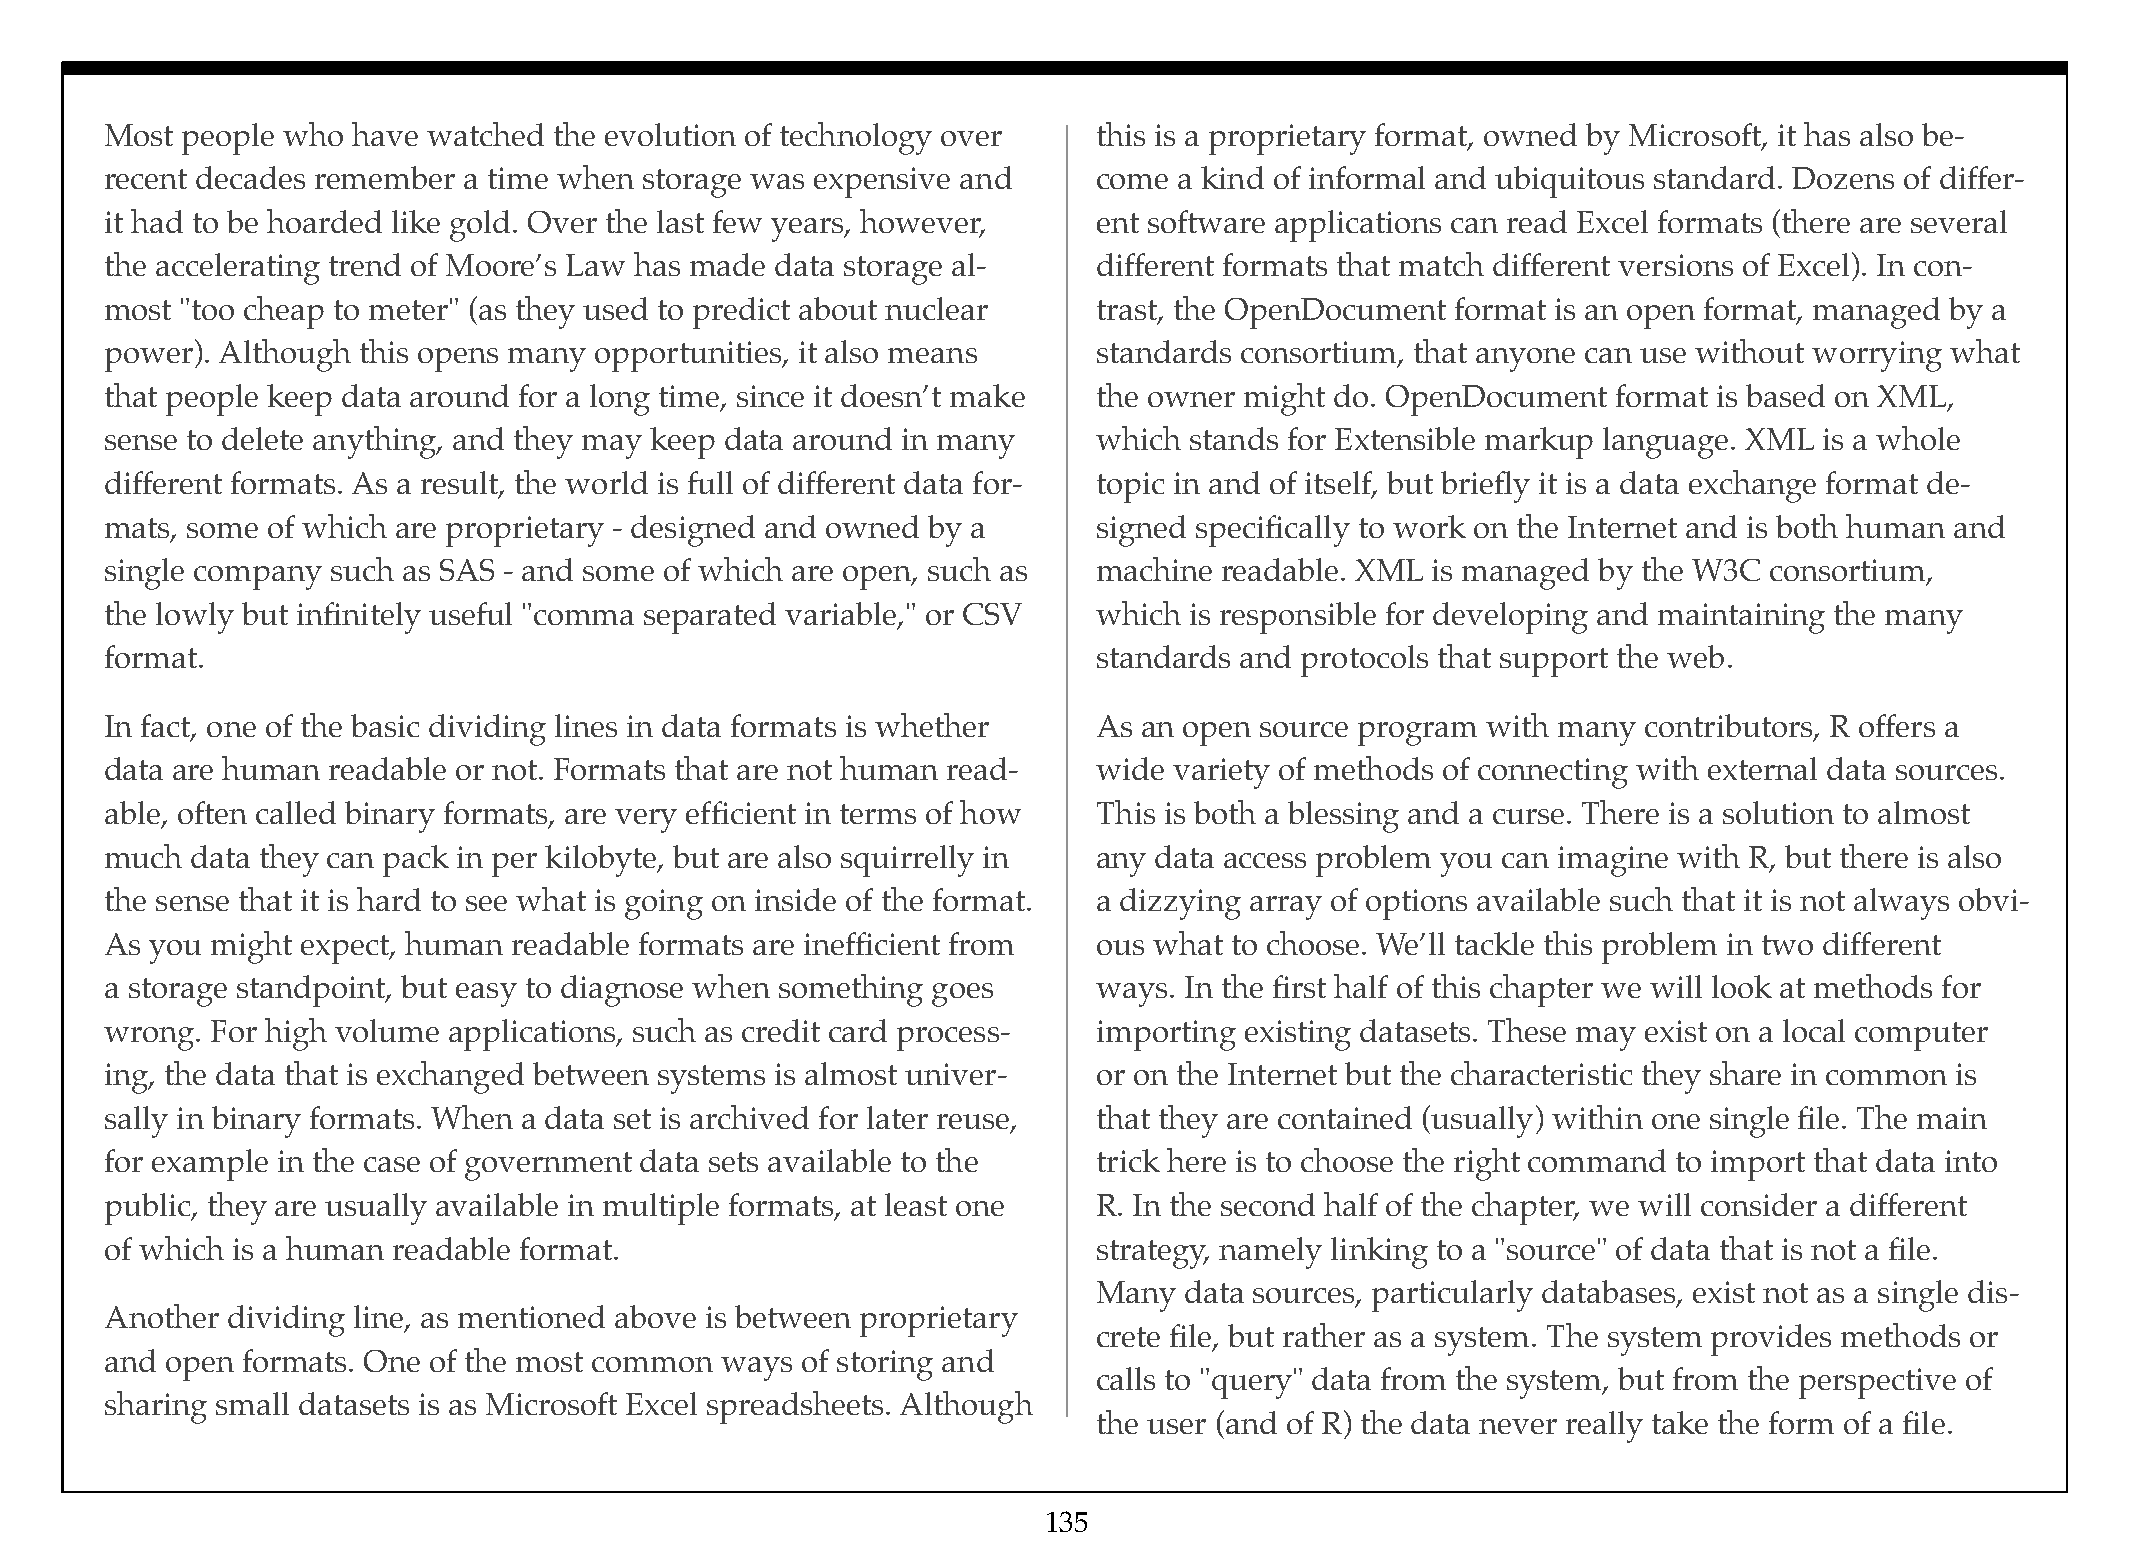
Most people who have watched  the evolution of technology over    this is a proprietary format, owned by Microsoft, it has also be-
 recent decades remember a time when storage was expensive and     come a kind of informal and ubiquitous standard. Dozens of differ-
 it had to be hoarded like gold. Over the last few years, however, ent software applications can read Excel formats (there are several
 the accelerating trend of Moore’s Law has made data storage al-   different formats that match different versions of Excel). In con-
 most "too cheap to meter" (as they used to predict about nuclear  trast, the OpenDocument format is an open format, managed by a
 power). Although this opens many opportunities, it also means     standards consortium, that anyone can use without worrying what
 that people keep data around for a long time, since it doesn’t make the owner might do. OpenDocument format is based on XML,
 sense to delete anything, and they may keep data around in many   which stands for Extensible markup language. XML is a whole
 different formats. As a result, the world is full of different data for- topic in and of itself, but briefly it is a data exchange format de-
 mats, some of which are proprietary - designed and owned by a     signed specifically to work on the Internet and is both human and
 single company such as SAS - and some of which are open, such as  machine readable. XML is managed by the W3C consortium,
 the lowly but infinitely useful "comma separated variable," or CSV which is responsible for developing and maintaining the many
 format.                                                           standards and protocols that support the web.
 In fact, one of the basic dividing lines in data formats is whether As an open source program with many contributors, R offers a
 data are human readable or not. Formats that are not human read-  wide variety of methods of connecting with external data sources.
 able, often called binary formats, are very efficient in terms of how This is both a blessing and a curse. There is a solution to almost
 much  data they can pack in per kilobyte, but are also squirrelly in any data access problem you can imagine with R, but there is also
 the sense that it is hard to see what is going on inside of the format. a dizzying array of options available such that it is not always obvi-
 As you might expect, human readable formats are inefficient from  ous what to choose. We’ll tackle this problem in two different
 a storage standpoint, but easy to diagnose when something goes    ways. In the first half of this chapter we will look at methods for
 wrong. For high volume applications, such as credit card process- importing existing datasets. These may exist on a local computer
 ing, the data that is exchanged between systems is almost univer- or on the Internet but the characteristic they share in common is
 sally in binary formats. When a data set is archived for later reuse, that they are contained (usually) within one single file. The main
 for example in the case of government data sets available to the  trick here is to choose the right command to import that data into
 public, they are usually available in multiple formats, at least one R. In the second half of the chapter, we will consider a different
 of which is a human readable format.                              strategy, namely linking to a "source" of data that is not a file.
 Many data sources, particularly databases, exist not as a single dis-
 Another dividing line, as mentioned above is between proprietary
 crete file, but rather as a system. The system provides methods or
 and open formats. One of the most common ways of storing and
 calls to "query" data from the system, but from the perspective of
 sharing small datasets is as Microsoft Excel spreadsheets. Although
 the user (and of R) the data never really take the form of a file.
 135